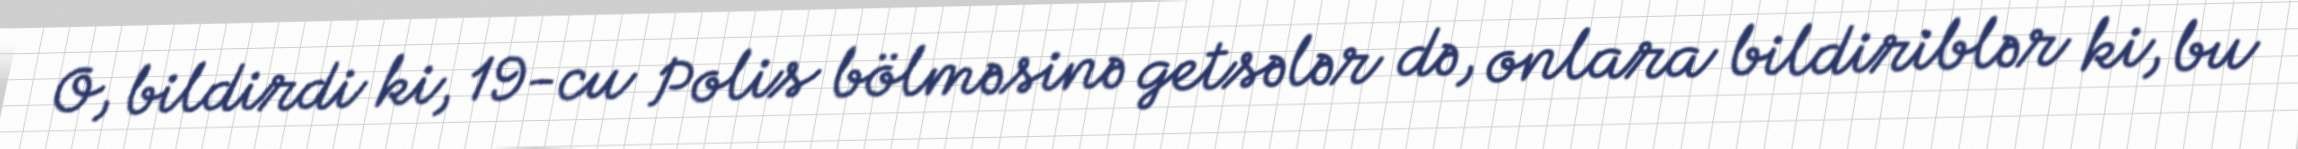
O, bildirdi ki, 19-cu Polis bölməsinə getsələr də, onlara bildiriblər ki, bu